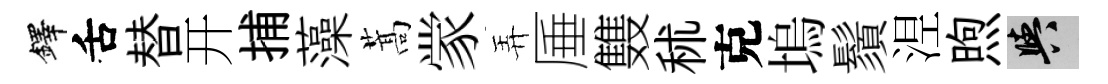
鐸舌替开捕藻蒿䝉弄厜䨇秫克塢鬚𣵀煦阳